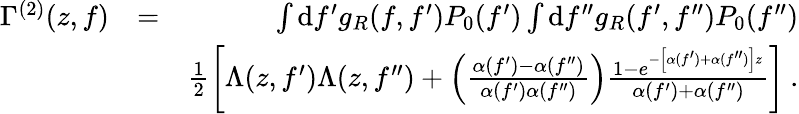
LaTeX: \begin{array}{rlr}{\Gamma^{(2)}(z,f)}&{=}&{\int\mathrm{d}f^{\prime}g_{R}(f,f^{\prime})P_{0}(f^{\prime})\int\mathrm{d}f^{\prime\prime}g_{R}(f^{\prime},f^{\prime\prime})P_{0}(f^{\prime\prime})}\\ &{}&{\frac{1}{2}\left[\Lambda(z,f^{\prime})\Lambda(z,f^{\prime\prime})+\left(\frac{\alpha(f^{\prime})-\alpha(f^{\prime\prime})}{\alpha(f^{\prime})\alpha(f^{\prime\prime})}\right)\frac{1-e^{-\left[\alpha(f^{\prime})+\alpha(f^{\prime\prime})\right]z}}{\alpha(f^{\prime})+\alpha(f^{\prime\prime})}\right]\: .}\end{array}